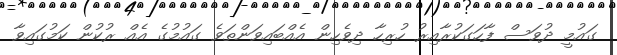
ގައުމީ ދުވަސް ފާހަގަކުރާއިރު ހުރިހާ ދިވެހިން އެއްބައިވަންތަވެ ގައުމުގެ އެއް ރުކުން ކަމުގައިވާ